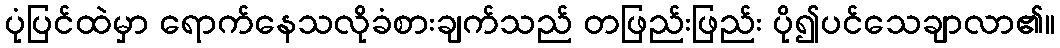
ပုံပြင်ထဲမှာ ရောက်နေသလိုခံစားချက်သည် တဖြည်းဖြည်း ပို၍ပင်သေချာလာ၏။